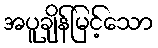
အပူချိန်မြင့်သော